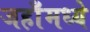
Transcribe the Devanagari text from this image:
जहाँमध्ये